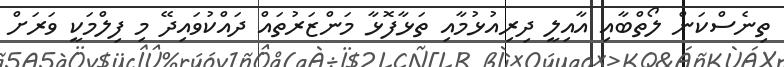
ތިނެސްކަން ލޯތްބާއި އާއިލީ ދިރިއުޅުމާއި ތަޅާފޮޅާ މަންޒަރުތައް ދައްކުވައިދޭ މި ފިލްމަކީ ވަރަށް